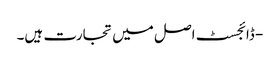
- ڈائجسٹ اصل میں تجارت ہیں۔